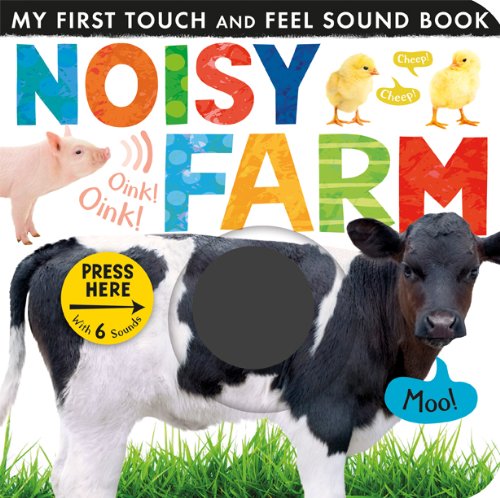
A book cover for Noisy Farm (My First Touch and Feel Sound Book); Children's Books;